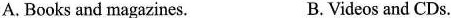
A. Books and magazines. B.Videos and CDs.